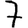
Digit: 7